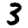
Digit: 3